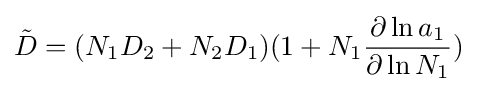
{\tilde {D}}=(N_{1}D_{2}+N_{2}D_{1})(1+N_{1}{\frac {\partial \ln a_{1}}{\partial \ln N_{1}}})